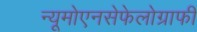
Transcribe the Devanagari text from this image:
न्यूमोएनसेफेलोग्राफी